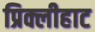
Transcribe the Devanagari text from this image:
प्रिक्लीहाट